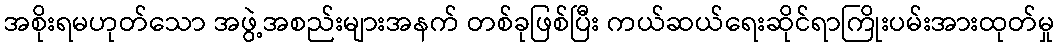
အစိုးရမဟုတ်သော အဖွဲ့အစည်းများအနက် တစ်ခုဖြစ်ပြီး ကယ်ဆယ်ရေးဆိုင်ရာကြိုးပမ်းအားထုတ်မှု